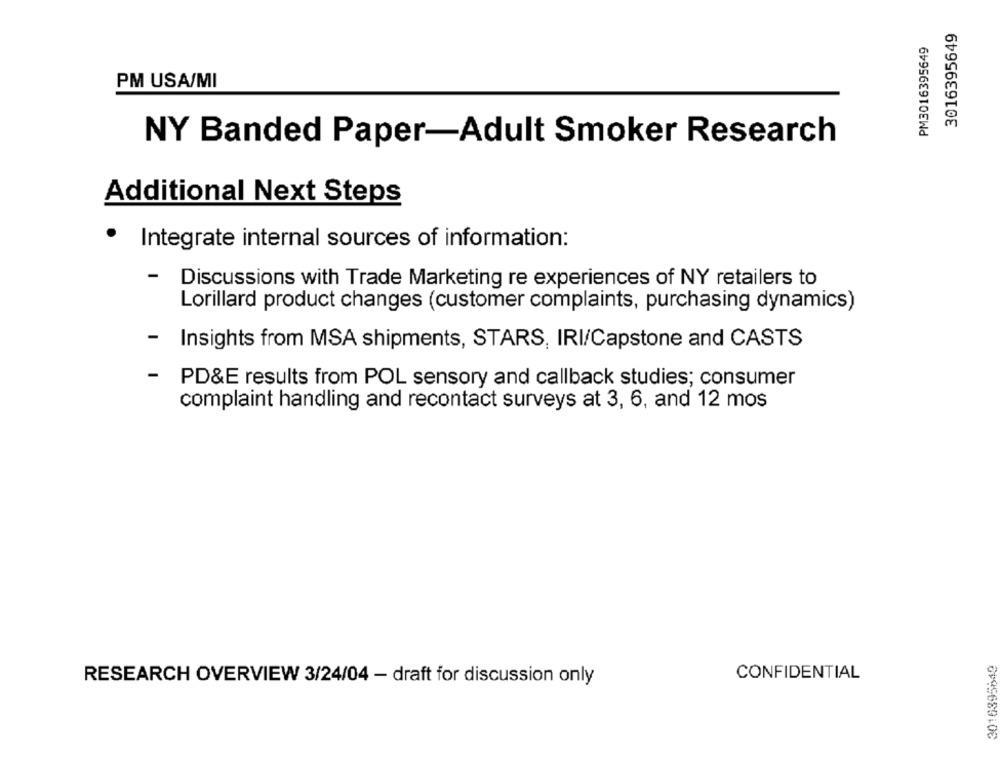
3016395649
PM3016395649
PM USA/MI
NY Banded Paper-Adult Smoker Research
Additional Next Steps
.
Integrate internal sources of information:
-
Discussions with Trade Marketing re experiences of NY retailers to
Lorillard product changes (customer complaints, purchasing dynamics)
-
Insights from MSA shipments, STARS, IRI/Capstone and CASTS
-
PD&E results from POL sensory and callback studies; consumer
complaint handling and recontact surveys at 3, 6, and 12 mos
3016395640
CONFIDENTIAL
RESEARCH OVERVIEW 3/24/04 - draft for discussion only